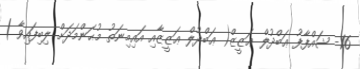
16- ޝައްފާފު ޢަބްދުލް ޢަޒީޒް( ޢަބްދުލް ޢަޒީޒާއި އައިމިނަތު މުޙަންމަދަށް ލިބިފައިވާ )